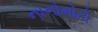
નાનોમોટો